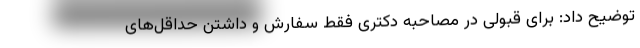
توضیح داد: برای قبولی در مصاحبه دکتری فقط سفارش و داشتن حداقل‌های